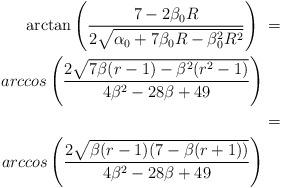
LaTeX: \begin{align*}\arctan\left( \frac{7 - 2\beta_0R}{2 \sqrt{\alpha_0 + 7\beta_0R - \beta_0^2R^2}} \right)\ &= \\arccos\left( \frac{2\sqrt{7\beta(r-1) - \beta^2(r^2-1)}}{4\beta^2-28\beta+49} \right) \\\ &= \\arccos\left( \frac{2\sqrt{\beta(r-1)(7 - \beta(r+1))}}{4\beta^2-28\beta+49} \right)\end{align*}